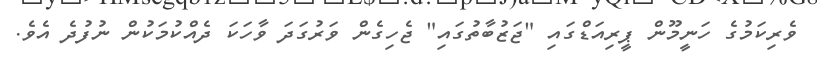
ވެރިކަމުގެ ހަނީމޫން ޕީރިއަޑްގައި "ޖަޒުބާތުގައި" ޖެހިގެން ވަރުގަދަ ވާހަކަ ދެއްކުމަކުން ނުފުދެ އެވެ.